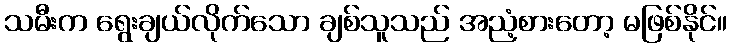
သမီးက ရွေးချယ်လိုက်သော ချစ်သူသည် အညံ့စားတော့ မဖြစ်နိုင်။